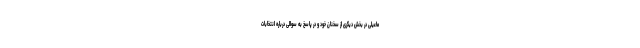
ماعیلی در بخش دیگری از سخنان خود و در پاسخ به سوالی درباره انتخابات